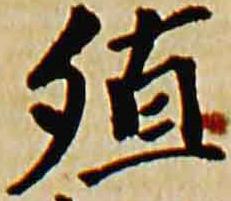
殖